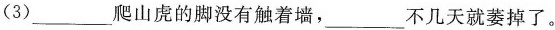
(3)___爬山虎的脚没有触着墙，___不几天就萎掉了。